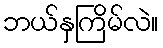
ဘယ်နှကြိမ်လဲ။